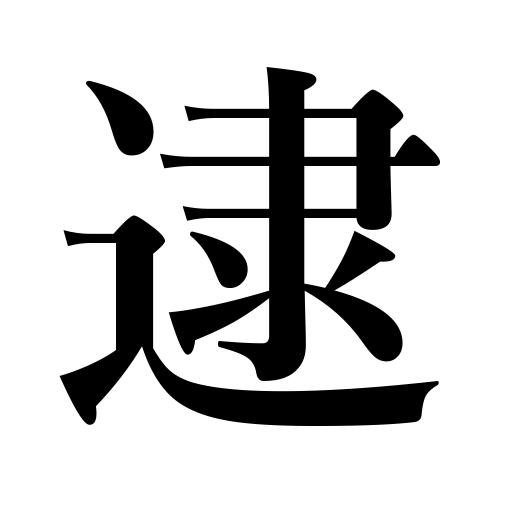
Meanings: chase